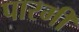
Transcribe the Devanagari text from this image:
पारमी